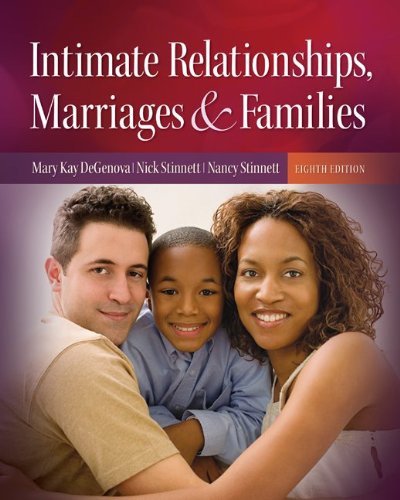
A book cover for Intimate Relationships, Marriages, and Families; Mary Kay DeGenova; Politics & Social Sciences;